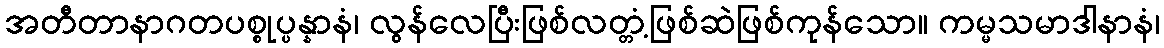
အတီတာနာဂတပစ္စုပ္ပန္နာနံ၊ လွန်လေပြီးဖြစ်လတ္တံ့ဖြစ်ဆဲဖြစ်ကုန်သော။ ကမ္မသမာဒါနာနံ၊